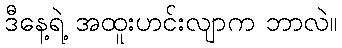
ဒီနေ့ရဲ့ အထူးဟင်းလျာက ဘာလဲ။